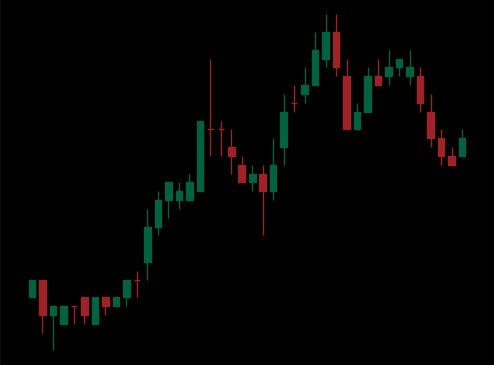
Pattern: bear_flag